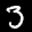
Label: 3